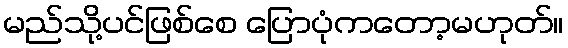
မည်သို့ပင်ဖြစ်စေ ပြောပုံကတော့မဟုတ်။